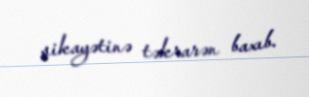
şikayətinə təkrarən baxıb.